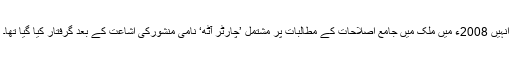
انہیں 2008ء ميں ملک میں جامع اصلاحات کے مطالبات پر مشتمل ’چارٹر آٹھ‘ نامی منشورکی اشاعت کے بعد گرفتار کيا گيا تھا۔